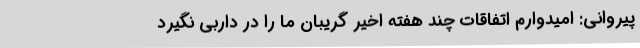
پیروانی: امیدوارم اتفاقات چند هفته اخیر گریبان ما را در داربی نگیرد